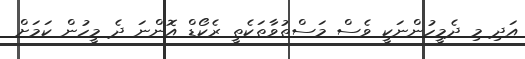
އަދި މި ދެމީހުންނަކީ ވެސް މަސްތުވާތަކެތީ ރެކޯޑް އޮންނަ ދެ މީހުން ކަމަށް